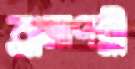
ব্রাহ্মপল্লী